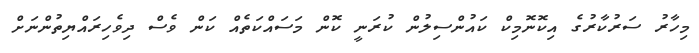
މިހާރު ސަރުކާރުގެ އިކޮނޮމިކް ކައުންސިލުން ކުރަނީ ކޮން މަސައްކަތެއް ކަން ވެސް ދިވެހިރައްޔިތުންނަށް